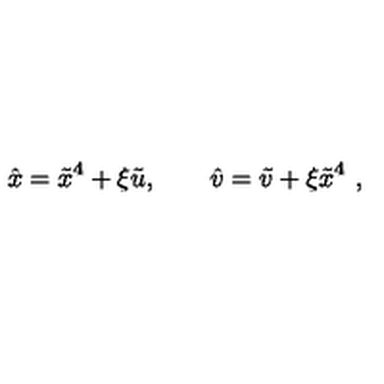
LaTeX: \hat { x } = \tilde { x } ^ { 4 } + \xi \tilde { u } , \qquad \hat { v } = \tilde { v } + \xi \tilde { x } ^ { 4 } \ ,